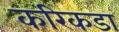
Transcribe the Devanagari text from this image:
करिकडा